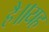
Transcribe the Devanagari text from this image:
है॥यह